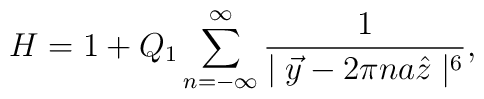
H = 1 + Q_1 \sum_{n = -\infty}^\infty \frac{1}{\mid \vec{y} - 2\pi n a \hat{z}\mid^6},